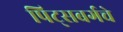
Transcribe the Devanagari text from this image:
पिट्सबर्गचे